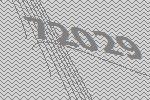
72029